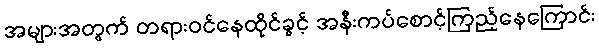
အများအတွက် တရားဝင်နေထိုင်ခွင့် အနီးကပ်စောင့်ကြည့်နေကြောင်း